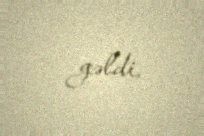
gəldi.